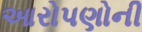
આરોપણોની